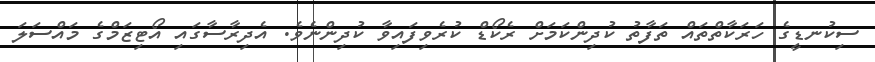
ސިކުނޑީގެ ހަރަކާތްތައް ތަފާތު ކުދިންކަމަށް ރެކޯޑް ކުރެވިފައިވާ ކުދިންނެވެ. އެދިރާސާގައި އޯޓިޒަމްގެ މައްސަލަ